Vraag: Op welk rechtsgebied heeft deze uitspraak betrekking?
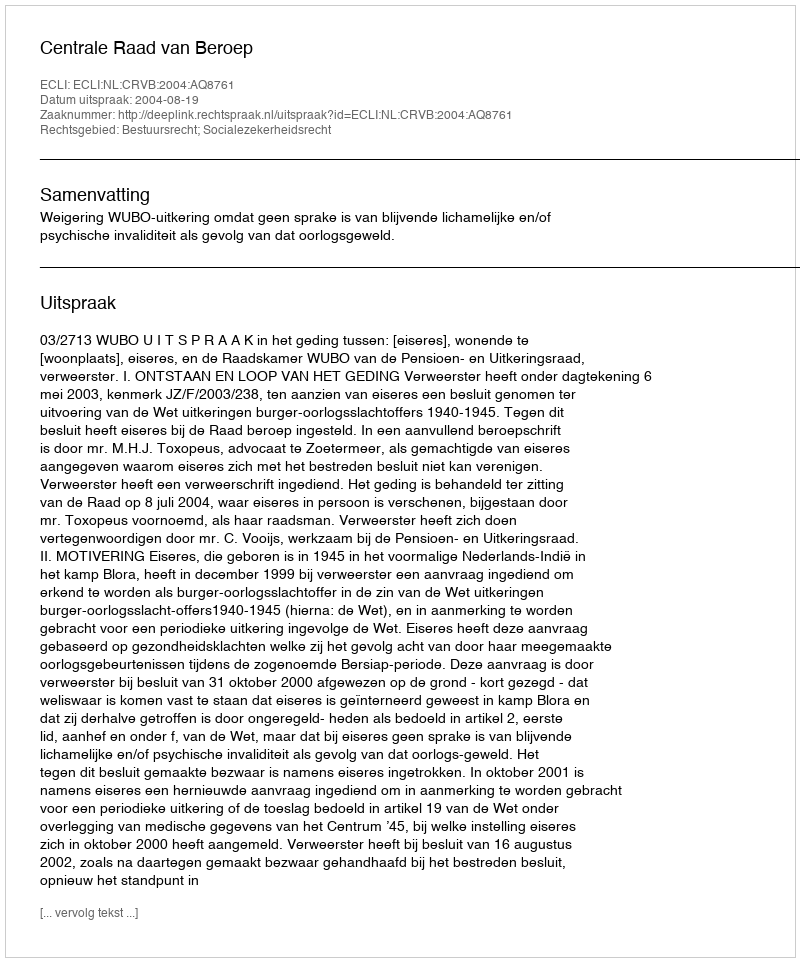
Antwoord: Bestuursrecht; Socialezekerheidsrecht